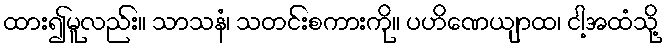
ထား၍မူလည်း။ သာသနံ၊ သတင်းစကားကို။ ပဟိဏေယျာထ၊ ငါ့အထံသို့